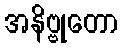
အနိဗ္ဗုတော